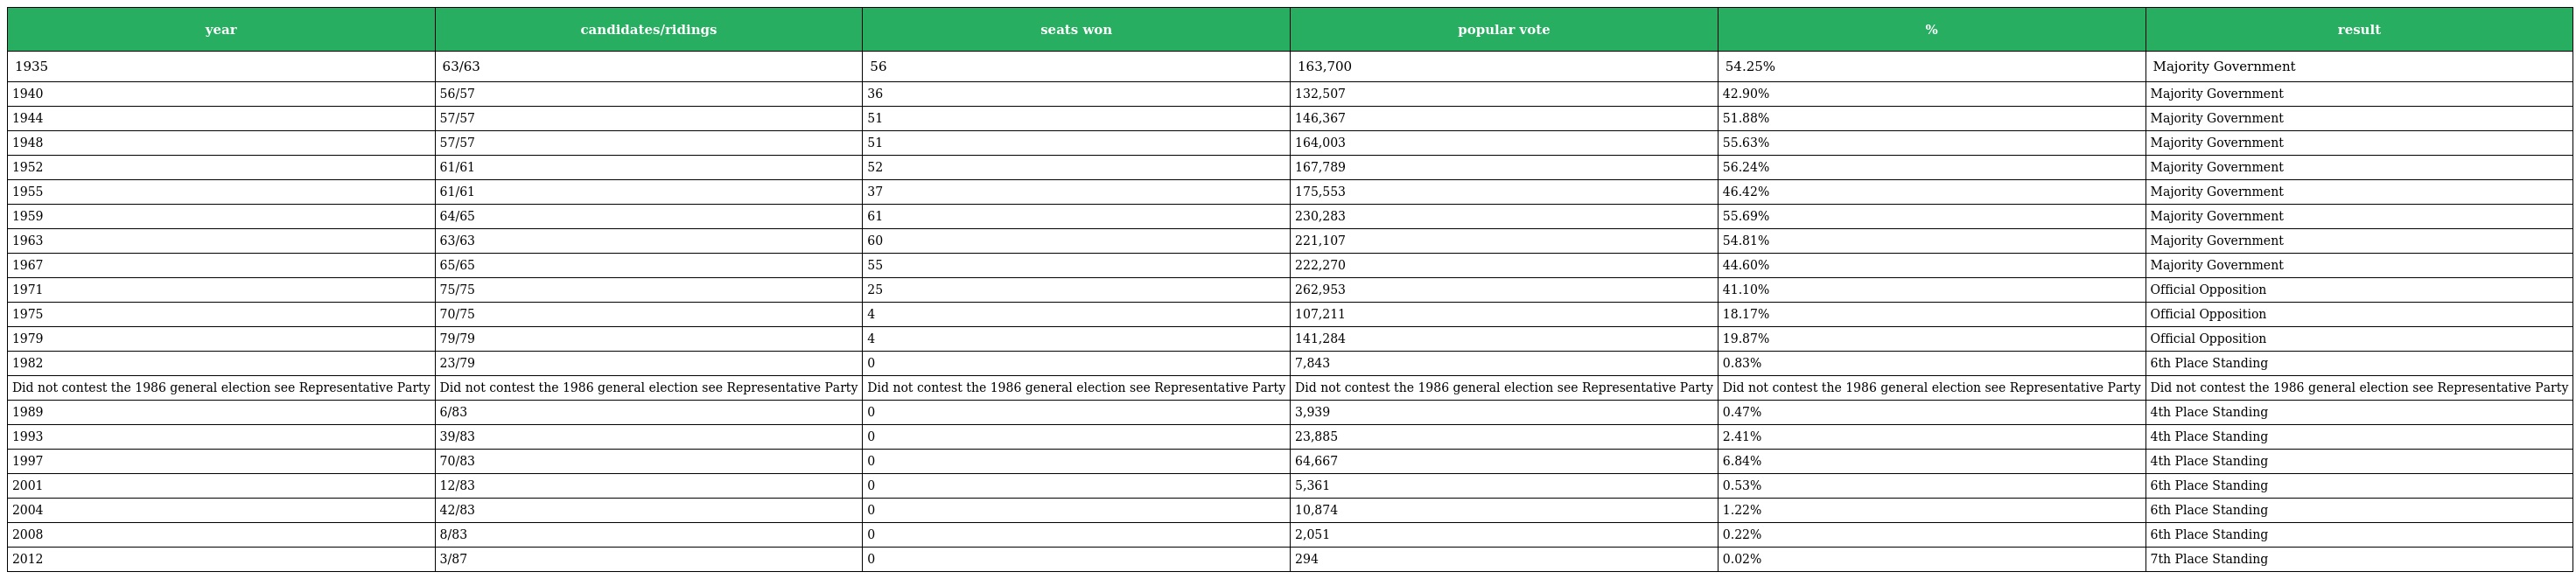
| year | candidates/ridings | seats won | popular vote | % | result |
 | --- | --- | --- | --- | --- | --- |
 | 1935 | 63/63 | 56 | 163,700 | 54.25% | Majority Government |
 | 1940 | 56/57 | 36 | 132,507 | 42.90% | Majority Government |
 | 1944 | 57/57 | 51 | 146,367 | 51.88% | Majority Government |
 | 1948 | 57/57 | 51 | 164,003 | 55.63% | Majority Government |
 | 1952 | 61/61 | 52 | 167,789 | 56.24% | Majority Government |
 | 1955 | 61/61 | 37 | 175,553 | 46.42% | Majority Government |
 | 1959 | 64/65 | 61 | 230,283 | 55.69% | Majority Government |
 | 1963 | 63/63 | 60 | 221,107 | 54.81% | Majority Government |
 | 1967 | 65/65 | 55 | 222,270 | 44.60% | Majority Government |
 | 1971 | 75/75 | 25 | 262,953 | 41.10% | Official Opposition |
 | 1975 | 70/75 | 4 | 107,211 | 18.17% | Official Opposition |
 | 1979 | 79/79 | 4 | 141,284 | 19.87% | Official Opposition |
 | 1982 | 23/79 | 0 | 7,843 | 0.83% | 6th Place Standing |
 | Did not contest the 1986 general election see Representative Party | Did not contest the 1986 general election see Representative Party | Did not contest the 1986 general election see Representative Party | Did not contest the 1986 general election see Representative Party | Did not contest the 1986 general election see Representative Party | Did not contest the 1986 general election see Representative Party |
 | 1989 | 6/83 | 0 | 3,939 | 0.47% | 4th Place Standing |
 | 1993 | 39/83 | 0 | 23,885 | 2.41% | 4th Place Standing |
 | 1997 | 70/83 | 0 | 64,667 | 6.84% | 4th Place Standing |
 | 2001 | 12/83 | 0 | 5,361 | 0.53% | 6th Place Standing |
 | 2004 | 42/83 | 0 | 10,874 | 1.22% | 6th Place Standing |
 | 2008 | 8/83 | 0 | 2,051 | 0.22% | 6th Place Standing |
 | 2012 | 3/87 | 0 | 294 | 0.02% | 7th Place Standing |